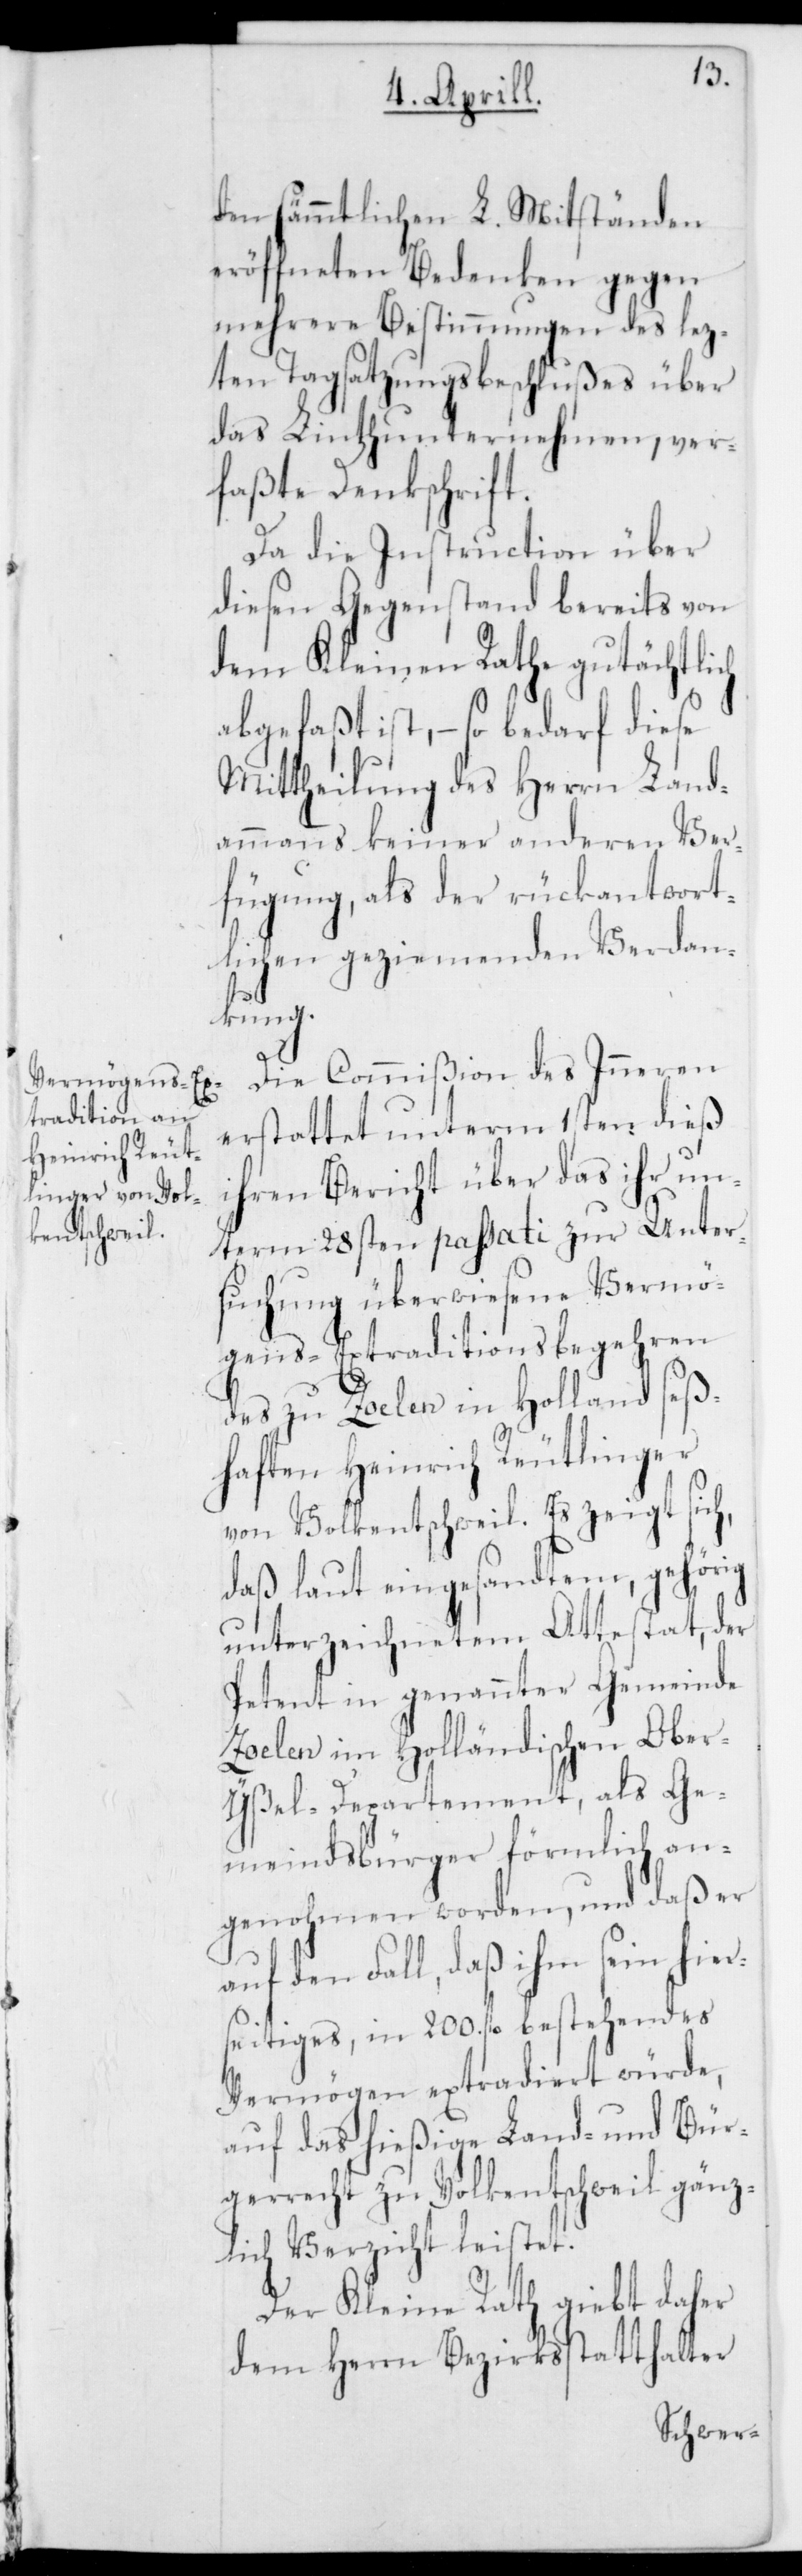
den sämmtlichen L. Mitständen
eröffneten Bedenken gegen
mehrere Bestimmungen des lez¬
ten Tagsatzungsbeschlußes über
das Linthunternehmen, ver¬
faßte Denkschrift.
Da die Instruction über
diesen Gegenstand bereits von
dem Kleinen Rathe gutächtlich
abgefaßt ist, – so bedarf diese
Mittheilung des Herrn Land¬
ammanns keiner anderen Ver¬
fügung, als der rückantwort¬
lichen geziemenden Verdan¬
kung.
Die Commißion des Inneren
erstattet unterm 1sten dieß
ihren Bericht über das ihr un¬
term 28sten passati zur Unter¬
suchung überwiesene Vermö¬
gens-Extraditionsbegehren
des zu Zoelen in Holland seß¬
haften Heinrich Reutlinger
von Volkentschweil. Es zeigt sich,
daß laut eingesandtem, gehörig
unterzeichnetem Attestat, der
Petent in genannter Gemeinde
Zoelen im Holländischen Obe¬
r-Yßel-Departement, als Ge¬
meindsbürger förmlich an¬
genohmen worden, und daß er
auf den Fall, daß ihm sein hier¬
seitiges, in 200. fl. bestehendes
Vermögen extradiert würde,
auf das hießige Land- und Bür¬
gerrecht zu Volkentschweil gänz¬
lich Verzicht leistet.
Der Kleine Rath giebt daher
dem Herrn Bezirksstatthalter